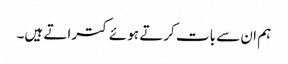
ہم ان سے بات کرتے ہوئے کتراتے ہیں۔